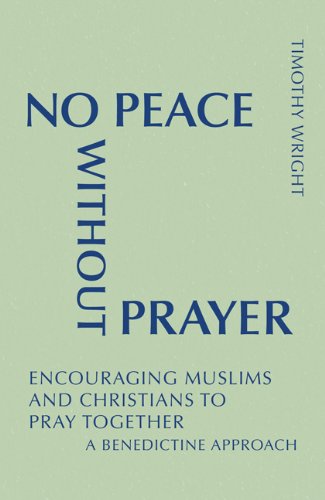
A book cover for No Peace Without Prayer: Encouraging Muslims and Christians to Pray Together; A Benedictine Approach (Monastic Interreligious Dialogue); Timothy Wright OSB; Religion & Spirituality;